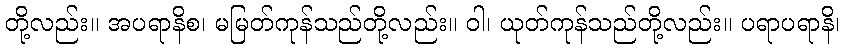
တို့လည်း။ အပရာနိစ၊ မမြတ်ကုန်သည်တို့လည်း။ ဝါ၊ ယုတ်ကုန်သည်တို့လည်း။ ပရာပရာနိ၊